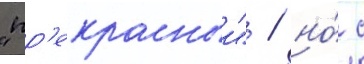
"пр'екрасныи" / но́ с